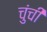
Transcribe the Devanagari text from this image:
चुंची